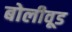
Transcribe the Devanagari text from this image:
बोलीवूड